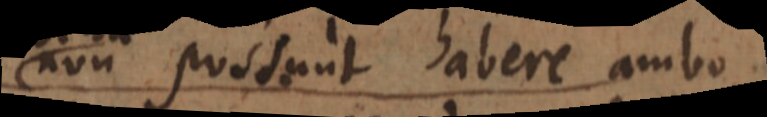
non possunt nisi ambo